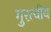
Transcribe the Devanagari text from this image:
गुरत्वीय